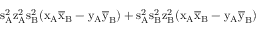
\mathrm { s _ { A } ^ { 2 } \mathrm { z _ { A } ^ { 2 } \mathrm { s _ { B } ^ { 2 } ( \mathrm { x _ { A } \mathrm { \overline { { x } } _ { B } - \mathrm { y _ { A } \mathrm { \overline { { y } } _ { B } ) + \mathrm { s _ { A } ^ { 2 } \mathrm { s _ { B } ^ { 2 } \mathrm { z _ { B } ^ { 2 } ( \mathrm { x _ { A } \mathrm { \overline { { x } } _ { B } - \mathrm { y _ { A } \mathrm { \overline { { y } } _ { B } ) } } } } } } } } } } } } } }